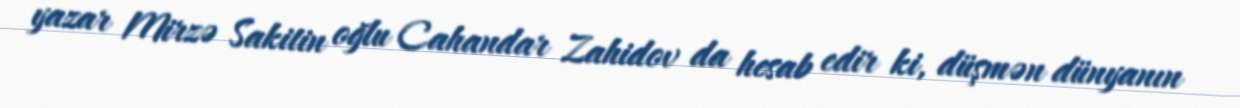
yazar Mirzə Sakitin oğlu Cahandar Zahidov da hesab edir ki, düşmən dünyanın